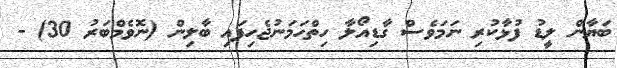
ބަޔާން ލީޑު ފުޅާކުރި ނަމަވެސް ގާޑިއޯލާ ހިތްހަމަނުޖެހިފައި ބާލިން (ނޮވެމްބަރު 30) -